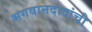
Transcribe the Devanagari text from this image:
भगवानदादांची